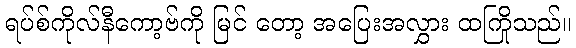
ရပ်စ်ကိုလ်နီကော့ဗ်ကို မြင် တော့ အပြေးအလွှား ထကြိုသည်။